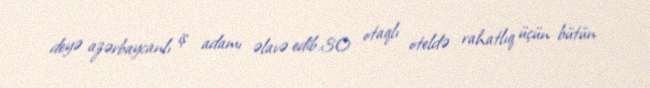
deyə azərbaycanlı iş adamı əlavə edib.30 otaqlı oteldə rahatlıq üçün bütün